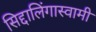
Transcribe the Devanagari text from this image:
सिद्दालिंगास्वामी